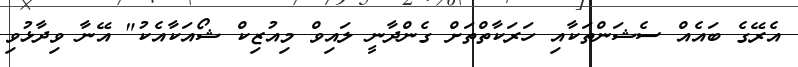
އެރޭގެ ބައެއް ސެޝަންތަކާއި ހަރަކާތްތަށް ގެންދާނީ ލައިވް މިއުޒިކް ޝޯއަކާއެކު" އޭނާ ވިދާޅުވި